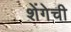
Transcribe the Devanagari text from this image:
शेंगेची